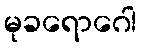
မုခရောဂေါ